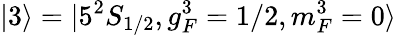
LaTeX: |3\rangle=|5^{2}S_{1/2},g_{F}^{3}=1/2,m_{F}^{3}=0\rangle